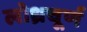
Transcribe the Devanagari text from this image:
लोध्रचूर्ण